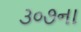
૩૦૭ના